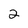
Character: 2